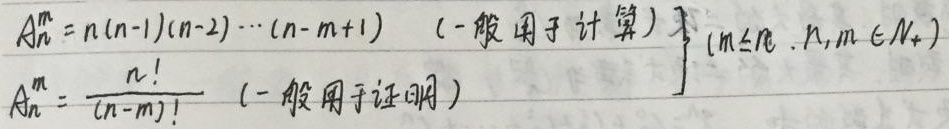
\[
\begin{align*}
A_{n}^{m}&=n(n - 1)(n - 2)\cdots(n - m + 1)\quad(\text{一般用于计算})\\
A_{n}^{m}&=\frac{n!}{(n - m)!}\quad(\text{一般用于证明})
\end{align*}
\quad(m\leq n,n,m\in N_{+})
\]